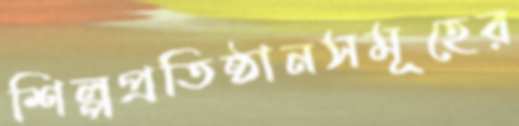
শিল্পপ্রতিষ্ঠানসমূহের